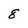
Character: 8